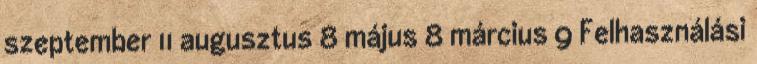
szeptember 11 augusztus 8 május 8 március 9 Felhasználási